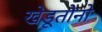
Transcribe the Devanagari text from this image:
खेडूतोनो